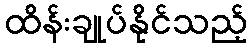
ထိန်းချုပ်နိုင်သည့်